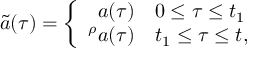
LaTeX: \tilde { a } ( \tau ) = \left\{ \begin{array} { r l } { { a ( \tau ) } } & { { 0 \leq \tau \leq t _ { 1 } } } \\ { { { } ^ { \rho } a ( \tau ) } } & { { t _ { 1 } \leq \tau \leq t , } } \end{array} \right.